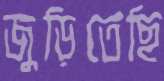
জুড়িতেছি